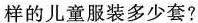
样的儿童服装多少套?